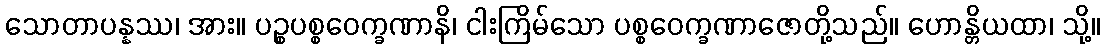
သောတာပန္နဿ၊ အား။ ပဉ္စပစ္စဝေက္ခဏာနိ၊ ငါးကြိမ်သော ပစ္စဝေက္ခဏာဇောတို့သည်။ ဟောန္တိယထာ၊ သို့။